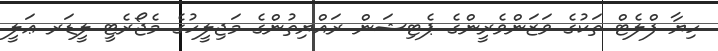
ހިޔާ ފްލެޓް ތަކުގެ ވަޒަންވެރީންގެ ޕެޓިޝަން ރައްޔިތުންގެ މަޖިލީހުގެ މެޖޯރެޓީ ލީޑަރ ޢަލީ